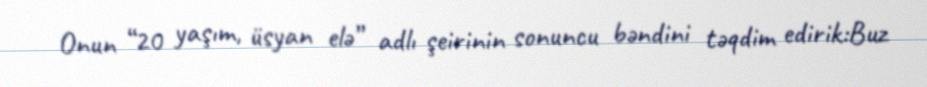
Onun “20 yaşım, üsyan elə” adlı şeirinin sonuncu bəndini təqdim edirik:Buz